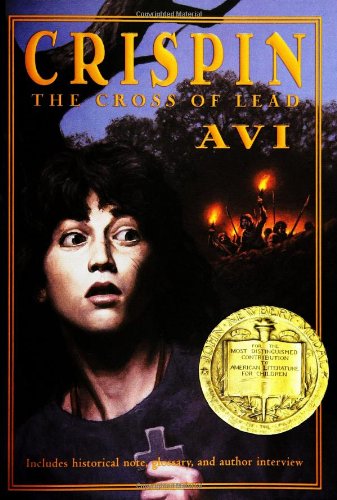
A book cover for Crispin: The Cross of Lead; Avi; Children's Books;